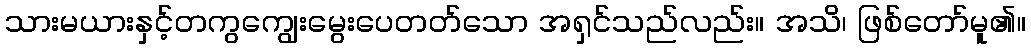
သားမယားနှင့်တကွကျွေးမွေးပေတတ်သော အရှင်သည်လည်း။ အသိ၊ ဖြစ်တော်မူ၏။